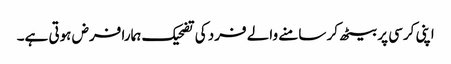
اپنی کرسی پر بیٹھ کر سامنے والے فرد کی تضحیک ہمارا فرض ہوتی ہے۔